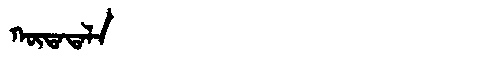
Manchu: ᡴᡡᡨᠠᡨᠠᠯᠠ
Romanization: KŪTATALA